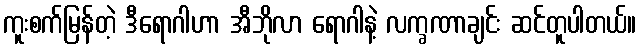
ကူးစက်မြန်တဲ့ ဒီရောဂါဟာ အီဘိုလာ ရောဂါနဲ့ လက္ခဏာချင်း ဆင်တူပါတယ်။